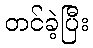
တင်ခဲ့ပြီး